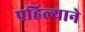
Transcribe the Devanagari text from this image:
पहिल्याने